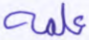
علمه